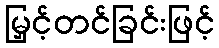
မြှင့်တင်ခြင်းဖြင့်